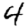
Digit: 4